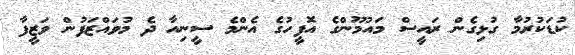
ކުޑަކުރުމާ ގުޅިގެން ރައީސް މައުމޫންގެ އޮފީހުގެ އެންމެ ސީނިއާ ދެ މުވައްޒަފުން ވަޒީފާ